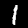
Digit: 1